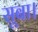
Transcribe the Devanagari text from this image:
सूबा।